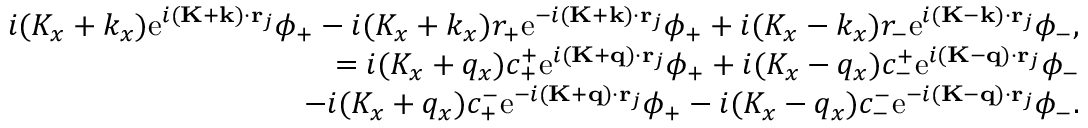
\begin{array} { r } { i ( K _ { x } + k _ { x } ) \mathrm { e } ^ { i ( \mathbf { K } + \mathbf { k } ) \cdot \mathbf { r } _ { j } } \phi _ { + } - i ( K _ { x } + k _ { x } ) r _ { + } \mathrm { e } ^ { - i ( \mathbf { K } + \mathbf { k } ) \cdot \mathbf { r } _ { j } } \phi _ { + } + i ( K _ { x } - k _ { x } ) r _ { - } \mathrm { e } ^ { i ( \mathbf { K } - \mathbf { k } ) \cdot \mathbf { r } _ { j } } \phi _ { - } , } \\ { = i ( K _ { x } + q _ { x } ) c _ { + } ^ { + } \mathrm { e } ^ { i ( \mathbf { K } + \mathbf { q } ) \cdot \mathbf { r } _ { j } } \phi _ { + } + i ( K _ { x } - q _ { x } ) c _ { - } ^ { + } \mathrm { e } ^ { i ( \mathbf { K } - \mathbf { q } ) \cdot \mathbf { r } _ { j } } \phi _ { - } } \\ { - i ( K _ { x } + q _ { x } ) c _ { + } ^ { - } \mathrm { e } ^ { - i ( \mathbf { K } + \mathbf { q } ) \cdot \mathbf { r } _ { j } } \phi _ { + } - i ( K _ { x } - q _ { x } ) c _ { - } ^ { - } \mathrm { e } ^ { - i ( \mathbf { K } - \mathbf { q } ) \cdot \mathbf { r } _ { j } } \phi _ { - } . } \end{array}